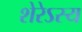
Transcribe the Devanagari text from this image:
शेरेऽस्य